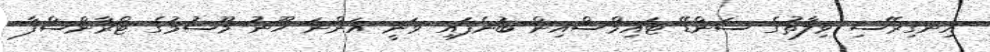
އިނގިރޭސި ވިލާތުގެ ސަންޑޭ ޓައިމްސްއިން ބުނެފައި ވަނީ އަންނަ ހޫނު މޫސުމުގެ ޓްރާންސްފާ